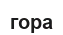
гора